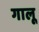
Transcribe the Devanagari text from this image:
गालू